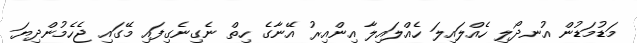
މަޑުމަޑުން އުނދޯލި ހެއްލައިލަ ހެއްލައިލާ އިންއިރު އޭނާގެ ހިތް ނެގިނެގިފައި މޭގައި ޖެހެމުންދިޔަ